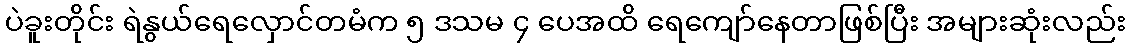
ပဲခူးတိုင်း ရဲနွယ်ရေလှောင်တမံက ၅ ဒသမ ၄ ပေအထိ ရေကျော်နေတာဖြစ်ပြီး အများဆုံးလည်း